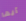
أيها